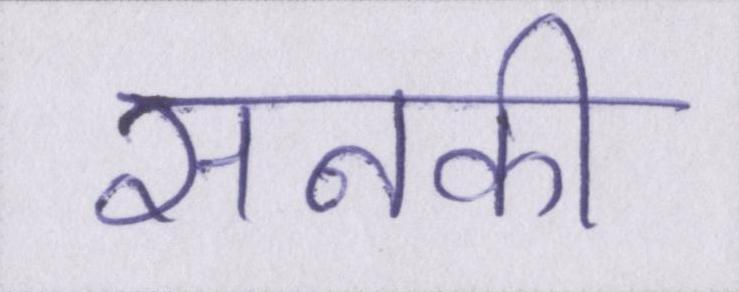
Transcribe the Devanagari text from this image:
सनकी